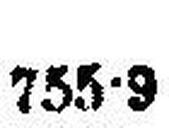
755·9